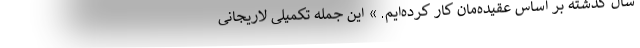
سال گذشته بر اساس عقیده‌مان کار کرده‌ایم. » این جمله تکمیلی لاریجانی